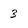
Character: 3